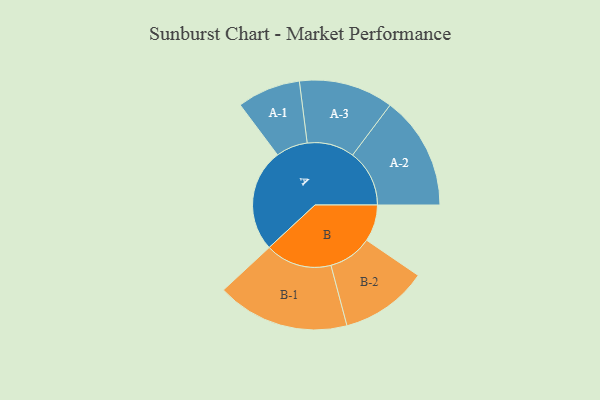
{"axis": {"x": "Segment", "y": "Value"}, "legend": ["", "A", "B"], "data": [{"x": "A", "y": 409, "type": ""}, {"x": "B", "y": 146, "type": ""}, {"x": "A-1", "y": 126, "type": "A"}, {"x": "A-2", "y": 226, "type": "A"}, {"x": "A-3", "y": 188, "type": "A"}, {"x": "B-1", "y": 264, "type": "B"}, {"x": "B-2", "y": 174, "type": "B"}]}